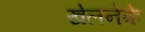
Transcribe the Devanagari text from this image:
खेलनेके